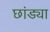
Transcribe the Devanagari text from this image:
छांड्या